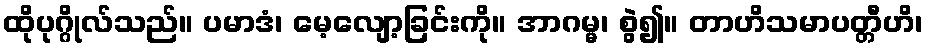
ထိုပုဂ္ဂိုလ်သည်။ ပမာဒံ၊ မေ့လျော့ခြင်းကို။ အာဂမ္မ၊ စွဲ၍။ တာဟိသမာပတ္တီဟိ၊